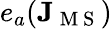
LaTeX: e_{a}(\mathbf{J}_{\mathrm{~M~S~}})